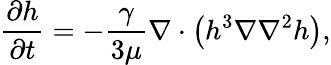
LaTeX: \frac{\partial h}{\partial t}=-\frac{\gamma}{3\mu}\nabla\cdot\left(h^{3}\nabla\nabla^{2}h\right),